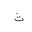
Letter: _tha